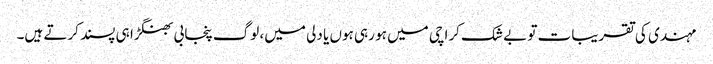
مہندی کی تقریبات تو بے شک کراچی میں ہو رہی ہوں یا دلی میں، لوگ پنجابی بھنگڑا ہی پسند کرتے ہیں۔